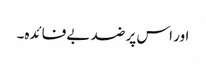
اور اس پر ضد بےفائدہ۔